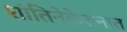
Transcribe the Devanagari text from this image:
शांतिनेकेतनात